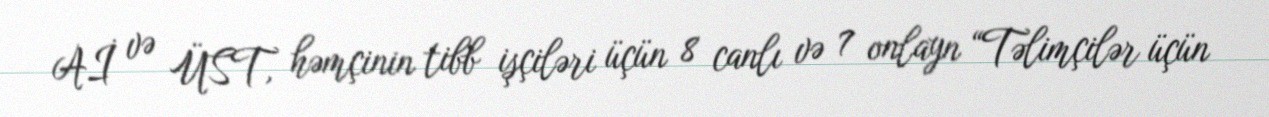
Aİ və ÜST, həmçinin tibb işçiləri üçün 8 canlı və 7 onlayn “Təlimçilər üçün